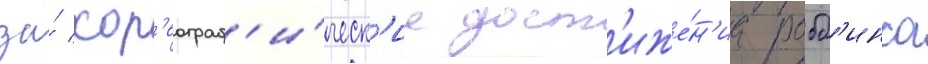
за́ хор'еограф'и́ческ'ие дост'иже́н'иа робб'инса